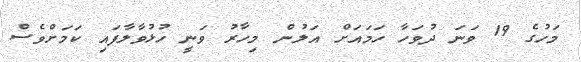
މަހުގެ 19 ވަނަ ދުވަހާ ހަމައަށް އަލުން މިހާރު ވަނީ ހުޅުވާލާފައި ކަމަށްވެސް